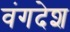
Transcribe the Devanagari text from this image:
वंगदेश